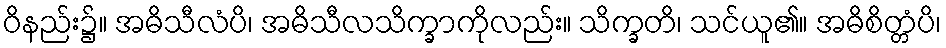
ဝိနည်း၌။ အဓိသီလံပိ၊ အဓိသီလသိက္ခာကိုလည်း။ သိက္ခတိ၊ သင်ယူ၏။ အဓိစိတ္တံပိ၊